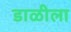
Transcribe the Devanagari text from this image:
डाळीला